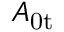
A _ { \mathrm { 0 t } }